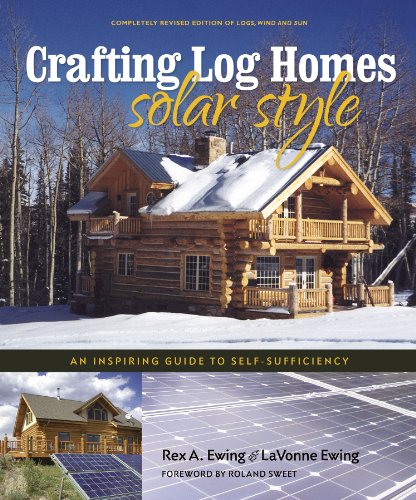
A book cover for Crafting Log Homes Solar Style: An Inspiring Guide to Self-Sufficiency; Rex A. Ewing and LaVonne Ewing; Crafts, Hobbies & Home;